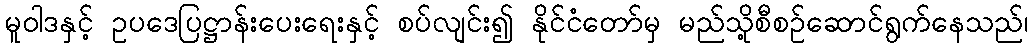
မူဝါဒနှင့် ဥပဒေပြဋ္ဌာန်းပေးရေးနှင့် စပ်လျင်း၍ နိုင်ငံတော်မှ မည်သို့စီစဉ်ဆောင်ရွက်နေသည်၊